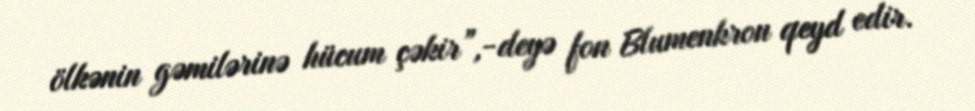
ölkənin gəmilərinə hücum çəkir”,-deyə fon Blumenkron qeyd edir.